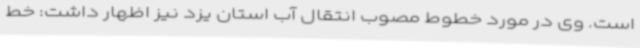
است. وی در مورد خطوط مصوب انتقال آب استان یزد نیز اظهار داشت: خط